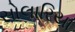
સોલારિયા